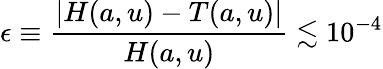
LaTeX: \epsilon\equiv{\frac{\vert H(a,u)-T(a,u)\vert}{H(a,u)}}\lesssim 10^{-4}